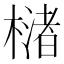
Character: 𣚫